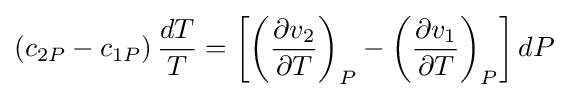
\left({c_{2P}-c_{1P}}\right){{dT} \over T}=\left[{\left({{\partial v_{2}} \over {\partial T}}\right)_{P}-\left({{\partial v_{1}} \over {\partial T}}\right)_{P}}\right]dP